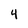
Character: 4